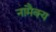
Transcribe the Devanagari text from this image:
नामैक्य